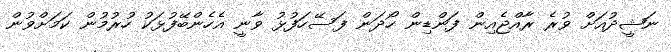
ނަޝީދުއަށް ވުރެ ރާއްޖެއިން ފަންޑިން ހޯދަން ފަސޭހަފުޅު ވާނީ އެހެންބޭފުޅަކު ހުރުމުން ކަމަށްވުން